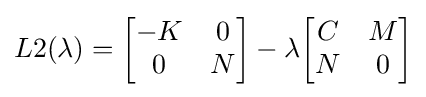
L2(\lambda )={\begin{bmatrix}-K&0\\0&N\end{bmatrix}}-\lambda {\begin{bmatrix}C&M\\N&0\end{bmatrix}}